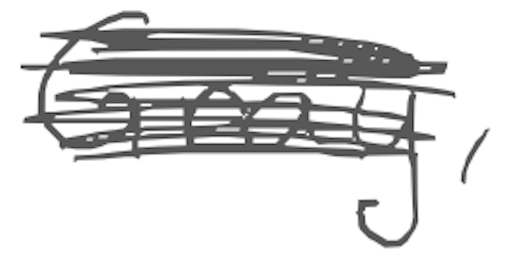
Text: Gray,
Cross-out: scratch
Writing tool: digital_gray